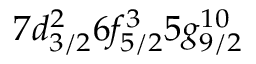
7 d _ { 3 / 2 } ^ { 2 } 6 f _ { 5 / 2 } ^ { 3 } 5 g _ { 9 / 2 } ^ { 1 0 }